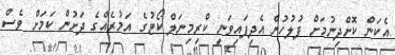
އެކަން ކޮށްދިނުމަށް ފުލުހުން އެދިފައިވަނީ ކްރިމިނަލް ކޯޓުގެ އަމުރެއްގެ ދަށުން ކަމަށް ވެސް